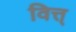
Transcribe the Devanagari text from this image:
वित्त्